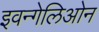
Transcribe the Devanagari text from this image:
इवन्गेलिओन